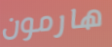
هارمون